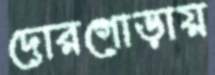
দোরগোড়ায়